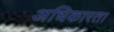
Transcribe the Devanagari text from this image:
अधिकारता